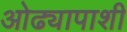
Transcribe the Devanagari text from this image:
ओढ्यापाशी